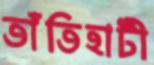
তাঁতিহাটী